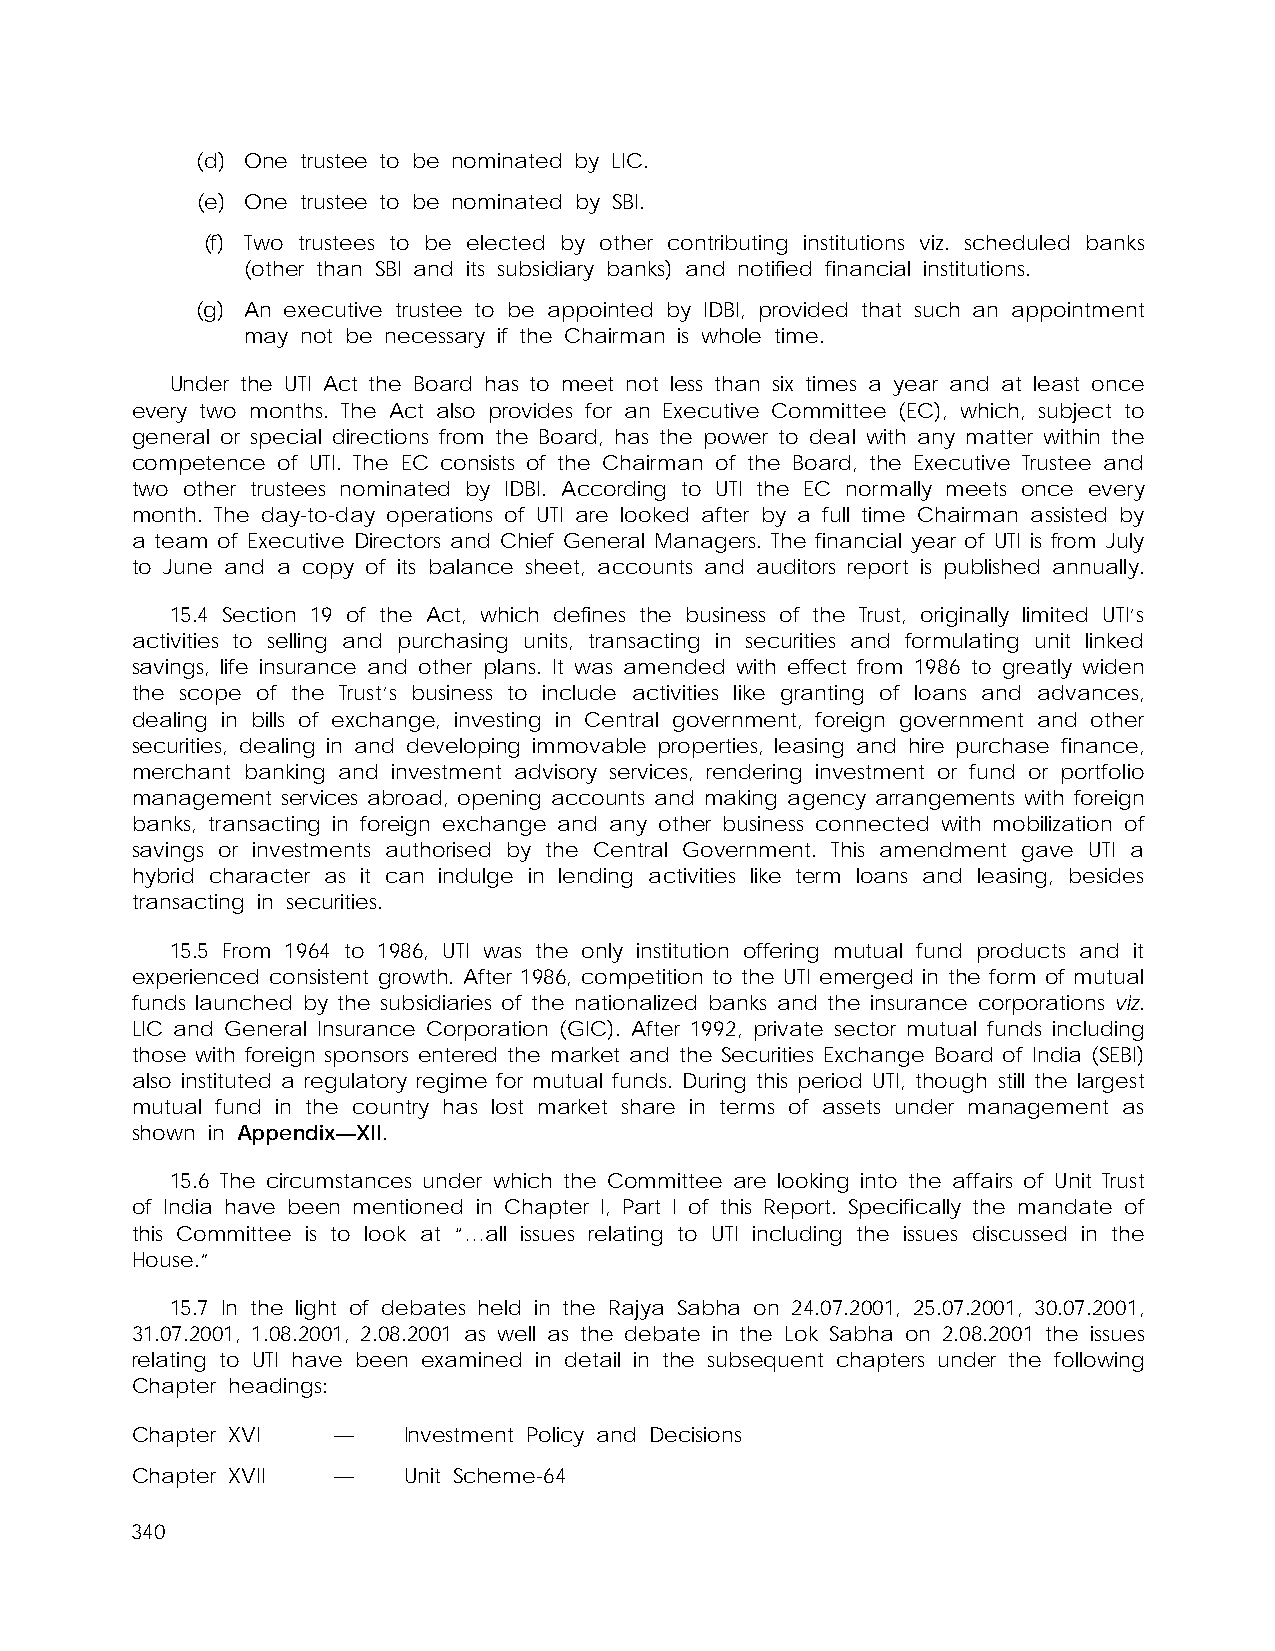
(d) One trustee to be nominated by LIC.
 (e) One trustee to be nominated by SBI.
 (f) Two trustees to be elected by other contributing institutions viz. scheduled banks
 (other than SBI and its subsidiary banks) and notified financial institutions.
 (g) An executive trustee to be appointed by IDBI, provided that such an appointment
 may not be necessary if the Chairman is whole time.
 Under the UTI Act the Board has to meet not less than six times a year and at least once
 every two months. The Act also provides for an Executive Committee (EC), which, subject to
 general or special directions from the Board, has the power to deal with any matter within the
 competence of UTI. The EC consists of the Chairman of the Board, the Executive Trustee and
 two other trustees nominated by IDBI. According to UTI the EC normally meets once every
 month. The day-to-day operations of UTI are looked after by a full time Chairman assisted by
 a team of Executive Directors and Chief General Managers. The financial year of UTI is from July
 to June and a copy of its balance sheet, accounts and auditors report is published annually.
 15.4 Section 19 of the Act, which defines the business of the Trust, originally limited UTI’s
 activities to selling and purchasing units, transacting in securities and formulating unit linked
 savings, life insurance and other plans. It was amended with effect from 1986 to greatly widen
 the scope of the Trust’s business to include activities like granting of loans and advances,
 dealing in bills of exchange, investing in Central government, foreign government and other
 securities, dealing in and developing immovable properties, leasing and hire purchase finance,
 merchant banking and investment advisory services, rendering investment or fund or portfolio
 management services abroad, opening accounts and making agency arrangements with foreign
 banks, transacting in foreign exchange and any other business connected with mobilization of
 savings or investments authorised by the Central Government. This amendment gave UTI a
 hybrid character as it can indulge in lending activities like term loans and leasing, besides
 transacting in securities.
 15.5 From 1964 to 1986, UTI was the only institution offering mutual fund products and it
 experienced consistent growth. After 1986, competition to the UTI emerged in the form of mutual
 funds launched by the subsidiaries of the nationalized banks and the insurance corporations viz.
 LIC and General Insurance Corporation (GIC). After 1992, private sector mutual funds including
 those with foreign sponsors entered the market and the Securities Exchange Board of India (SEBI)
 also instituted a regulatory regime for mutual funds. During this period UTI, though still the largest
 mutual fund in the country has lost market share in terms of assets under management as
 shown in Appendix—XII.
 15.6 The circumstances under which the Committee are looking into the affairs of Unit Trust
 of India have been mentioned in Chapter I, Part I of this Report. Specifically the mandate of
 this Committee is to look at “…all issues relating to UTI including the issues discussed in the
 House.”
 15.7 In the light of debates held in the Rajya Sabha on 24.07.2001, 25.07.2001, 30.07.2001,
 31.07.2001, 1.08.2001, 2.08.2001 as well as the debate in the Lok Sabha on 2.08.2001 the issues
 relating to UTI have been examined in detail in the subsequent chapters under the following
 Chapter headings:
 Chapter XVI  —    Investment Policy and Decisions
 Chapter XVII —    Unit Scheme-64
 340